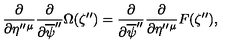
\frac { \partial } { \partial \eta ^ { \prime \prime } { } ^ { \mu } } \frac { \partial } { \partial \overline { { \psi } } ^ { \prime \prime } } \Omega ( \zeta ^ { \prime \prime } ) = \frac { \partial } { \partial \overline { { \psi } } ^ { \prime \prime } } \frac { \partial } { \partial \eta ^ { \prime \prime } { } ^ { \mu } } F ( \zeta ^ { \prime \prime } ) ,